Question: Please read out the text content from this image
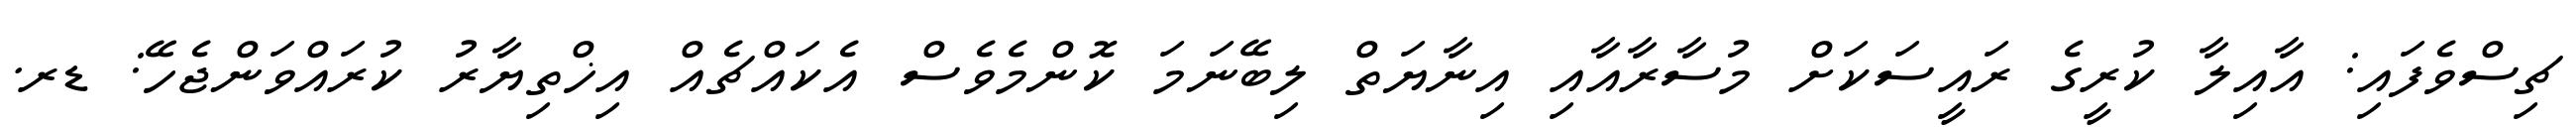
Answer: ޗިސްވެފައި: އާއިލާ ކުރީގެ ރައީސަކަށް މުސާރާއާއި އިނާޔަތް ލިބޭނަމަ ކޮންމެވެސް އެކައްޗެއް އިޚްތިޔާރު ކުރައްވަންޖެހޭ: ޑރ.